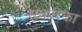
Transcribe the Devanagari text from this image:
संचारिका